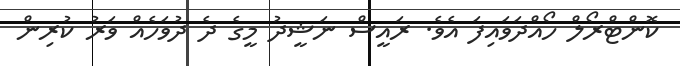
ކޮންޓްރޯލް ހޯއްދަވައިފަ އެވެ. ރައީސް ނަޝީދު މީގެ ދެ ދުވަހެއް ވަރު ކުރިން